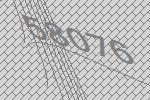
58076